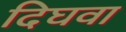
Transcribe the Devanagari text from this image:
दिघवा